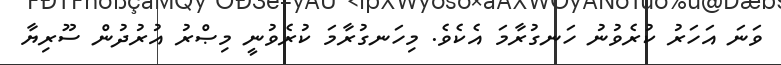
ވަނަ އަހަރު ކުރެވުނު ހަނގުރާމަ އެކެވެ. މިހަނގުރާމަ ކުރެވުނީ މިޞްރު އުރުދުން ސޫރިޔާ